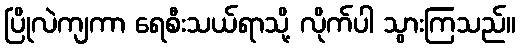
ပြိုလဲကျကာ ရေစီးသယ်ရာသို့ လိုက်ပါ သွားကြသည်။